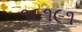
૧૯૧૯૧